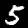
Digit: 5